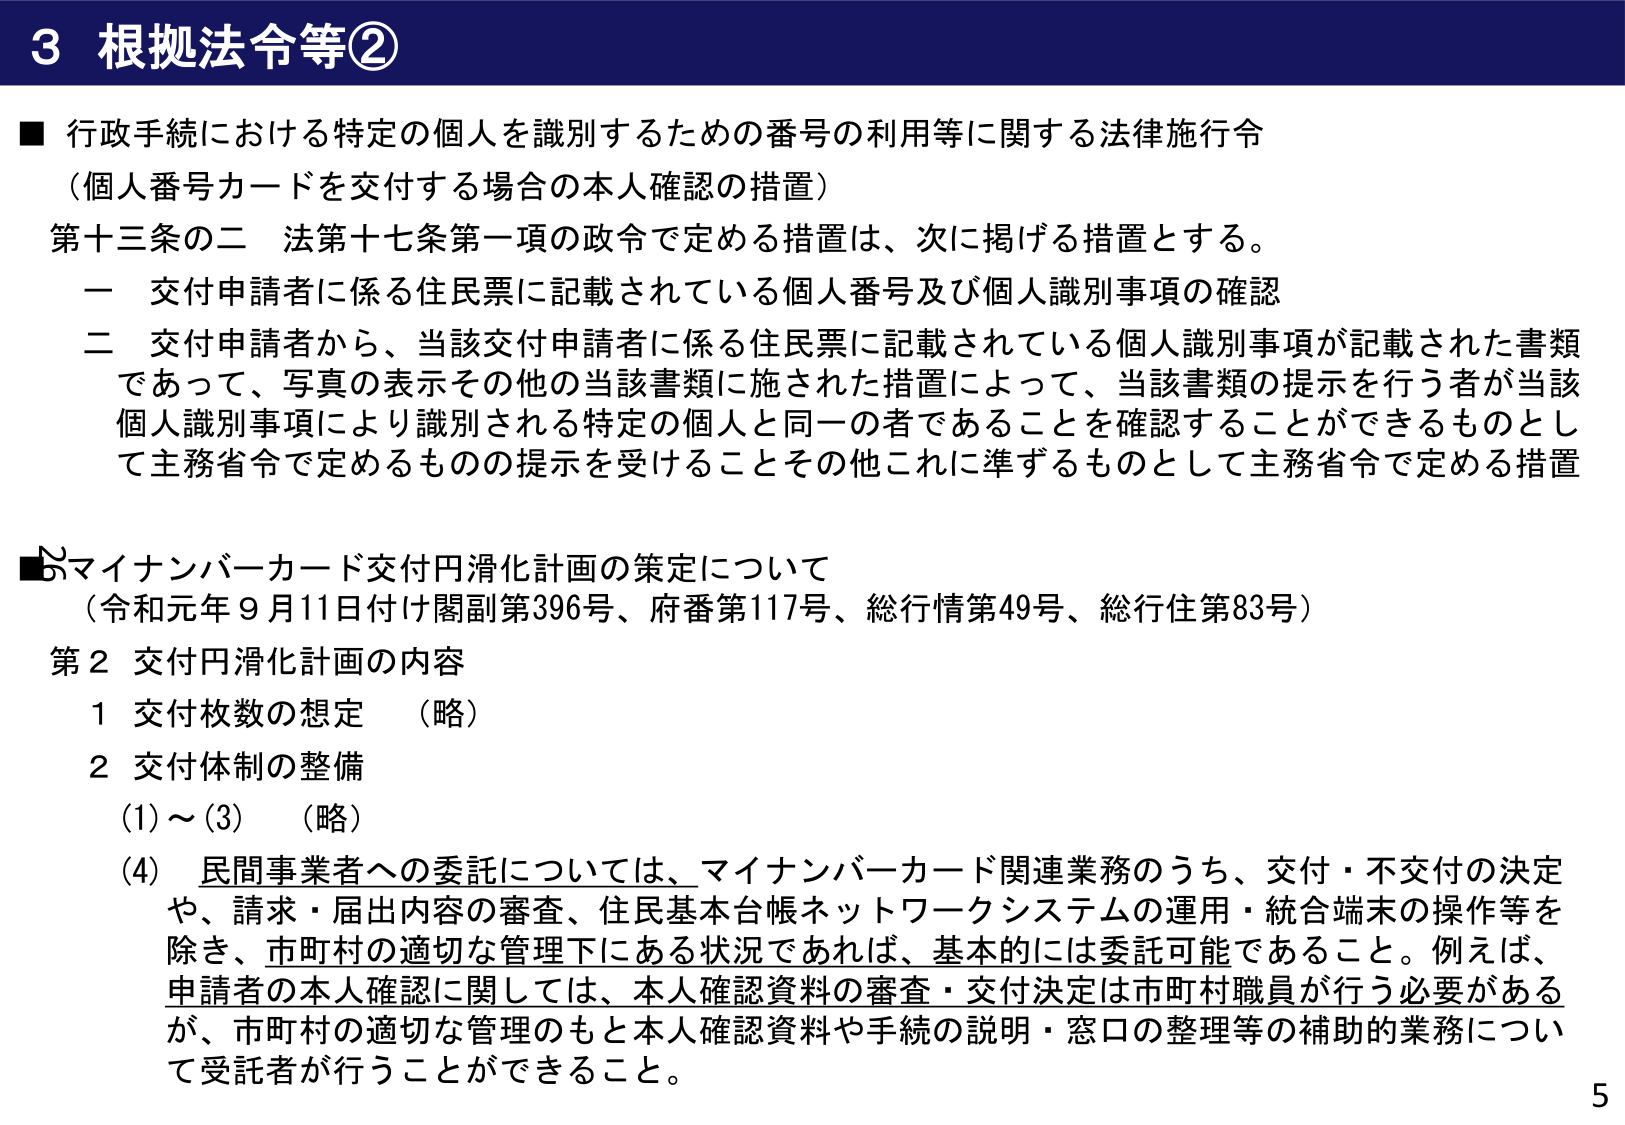
3 根拠法令等②

■ 行政手続における特定の個人を識別するための番号の利用等に関する法律施行令
（個人番号カードを交付する場合の本人確認の措置）
第十三条の二 法第十七条第一項の政令で定める措置は、次に掲げる措置とする。
　一 交付申請者に係る住民票に記載されている個人番号及び個人識別事項の確認
　二 交付申請者から、当該交付申請者に係る住民票に記載されている個人識別事項が記載された書類
　　であって、写真の表示その他その当該書類に施された措置によって、当該書類の提示を行う者が当該
　　個人識別事項により識別される特定の個人と同一の者であることを確認することができるものとし
　　て主務省令で定めるものの提示を受けることその他これに準ずるものとして主務省令で定める措置

■ マイナンバーカード交付円滑化計画の策定について
（令和元年9月11日付け閣副第396号、府番第117号、総行情第49号、総行住第83号）
第2 交付円滑化計画の内容
　1 交付枚数の想定 （略）
　2 交付体制の整備
　　(1)～(3) （略）
　　(4) 民間事業者への委託については、マイナンバーカード関連業務のうち、交付・不交付の決定
　　　や、請求・届出内容の審査、住民基本台帳ネットワークシステムの運用・統合端末の操作等を
　　　除き、市町村の適切な管理下にある状況であれば、基本的には委託可能であること。例えば、
　　　申請者の本人確認に関しては、本人確認資料の審査・交付決定は市町村職員が行う必要がある
　　　が、市町村の適切な管理のもと本人確認資料や手続の説明・窓口の整理等の補助的業務につい
　　　て受託者が行うことができる。

5